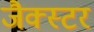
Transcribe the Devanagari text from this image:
जैक्स्टर